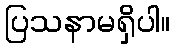
ပြသနာမရှိပါ။